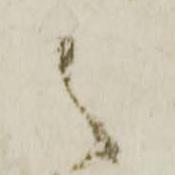
之